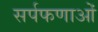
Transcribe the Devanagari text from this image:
सर्पफणाओं